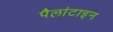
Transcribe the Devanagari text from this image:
पैलांटाइन